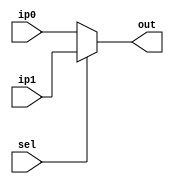

`timescale 1ns/100ps
module mux_2x1 #(parameter DATA_WIDTH = 32) (ip1, ip0, sel, out);

input [DATA_WIDTH-1:0] ip1;
input [DATA_WIDTH-1:0] ip0;
input sel;
output reg [DATA_WIDTH-1:0] out;

always@(*) begin
  if (sel==1'b1) begin
   out = ip1;
  end 
  else begin 
   out = ip0;
  end
end

endmodule